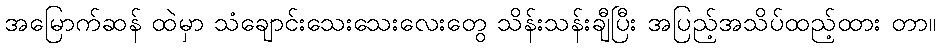
အမြောက်ဆန် ထဲမှာ သံချောင်းသေးသေးလေးတွေ သိန်းသန်းချီပြီး အပြည့်အသိပ်ထည့်ထား တာ။